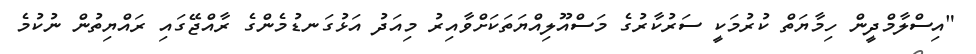
"އިސްލާމްދީން ހިމާޔަތް ކުރުމަކީ ސަރުކާރުގެ މަސްއޫލިއްޔަތަކަށްވާއިރު މިއަދު އަޅުގަނޑުމެންގެ ރާއްޖޭގައި ރައްޔިތުން ނުކުމެ